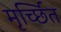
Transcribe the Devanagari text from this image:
मृर्च्छित